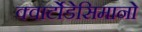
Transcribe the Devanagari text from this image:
क्वार्टोडेसिमानो